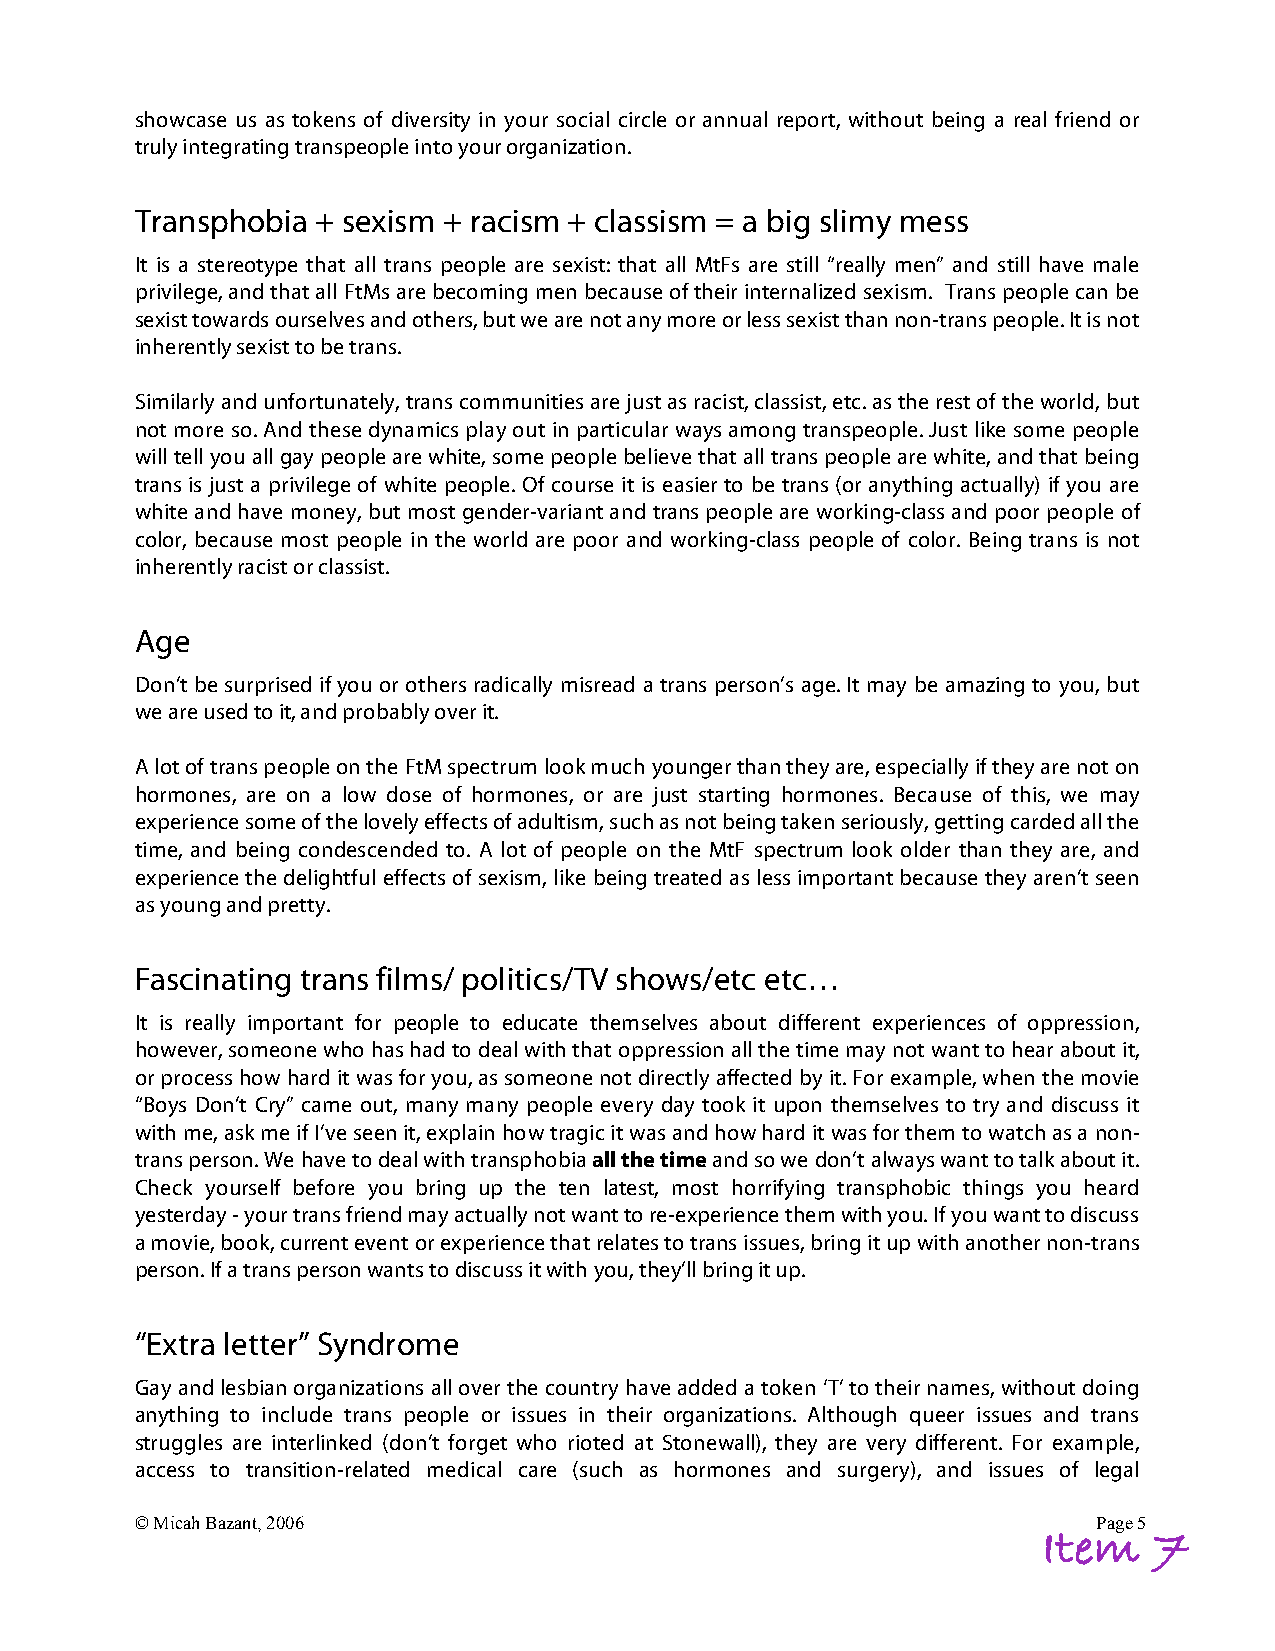
showcase us as tokens of diversity in your social circle or annual report, without being a real friend or
 truly integrating transpeople into your organization.
 Transphobia + sexism + racism + classism = a big slimy mess
 It is a stereotype that all trans people are sexist: that all MtFs are still “really men” and still have male
 privilege, and that all FtMs are becoming men because of their internalized sexism. Trans people can be
 sexist towards ourselves and others, but we are not any more or less sexist than non-trans people. It is not
 inherently sexist to be trans.
 Similarly and unfortunately, trans communities are just as racist, classist, etc. as the rest of the world, but
 not more so. And these dynamics play out in particular ways among transpeople. Just like some people
 will tell you all gay people are white, some people believe that all trans people are white, and that being
 trans is just a privilege of white people. Of course it is easier to be trans (or anything actually) if you are
 white and have money, but most gender-variant and trans people are working-class and poor people of
 color, because most people in the world are poor and working-class people of color. Being trans is not
 inherently racist or classist.
 Age
 Don’t be surprised if you or others radically misread a trans person’s age. It may be amazing to you, but
 we are used to it, and probably over it.
 A lot of trans people on the FtM spectrum look much younger than they are, especially if they are not on
 hormones, are on a low dose of hormones, or are just starting hormones. Because of this, we may
 experience some of the lovely effects of adultism, such as not being taken seriously, getting carded all the
 time, and being condescended to. A lot of people on the MtF spectrum look older than they are, and
 experience the delightful effects of sexism, like being treated as less important because they aren’t seen
 as young and pretty.
 Fascinating trans films/ politics/TV shows/etc etc…
 It is really important for people to educate themselves about different experiences of oppression,
 however, someone who has had to deal with that oppression all the time may not want to hear about it,
 or process how hard it was for you, as someone not directly affected by it. For example, when the movie
 “Boys Don’t Cry” came out, many many people every day took it upon themselves to try and discuss it
 with me, ask me if I’ve seen it, explain how tragic it was and how hard it was for them to watch as a non-
 trans person. We have to deal with transphobia all the time and so we don’t always want to talk about it.
 Check yourself before you bring up the ten latest, most horrifying transphobic things you heard
 yesterday - your trans friend may actually not want to re-experience them with you. If you want to discuss
 a movie, book, current event or experience that relates to trans issues, bring it up with another non-trans
 person. If a trans person wants to discuss it with you, they’ll bring it up.
 “Extra letter” Syndrome
 Gay and lesbian organizations all over the country have added a token ‘T’ to their names, without doing
 anything to include trans people or issues in their organizations. Although queer issues and trans
 struggles are interlinked (don’t forget who rioted at Stonewall), they are very different. For example,
 access to transition-related medical care (such as hormones and surgery), and issues of legal
 © Micah Bazant, 2006                                            Page 5